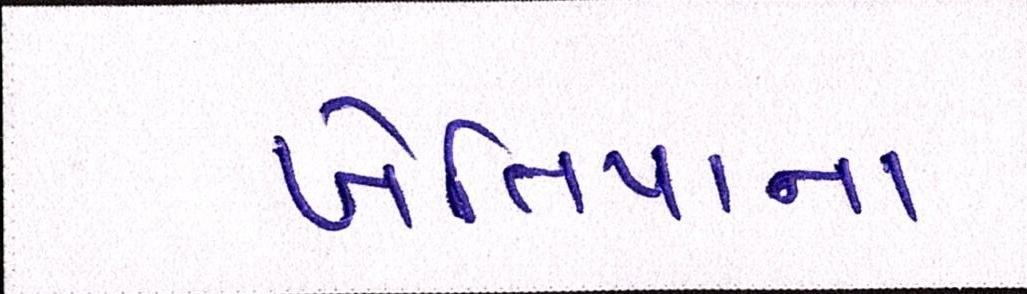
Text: ખેતિયાના